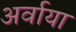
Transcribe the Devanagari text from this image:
अर्वाया